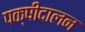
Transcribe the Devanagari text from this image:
पक्षीदालन